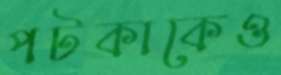
পটকাকেও